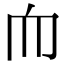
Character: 𦓐